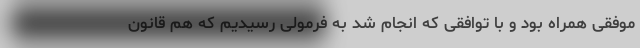
موفقی همراه بود و با توافقی که انجام شد به فرمولی رسیدیم که هم قانون